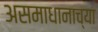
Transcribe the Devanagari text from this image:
असमाधानाच्या